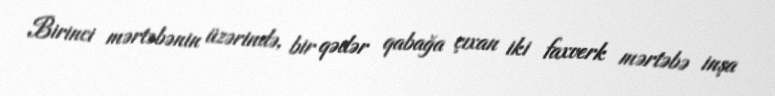
Birinci mərtəbənin üzərində, bir qədər qabağa çıxan iki faxverk mərtəbə inşa